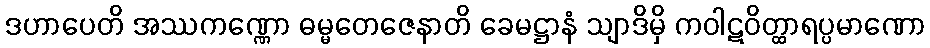
ဒဟာပေတိ အဿကဏ္ဏော ဓမ္မတေဇေနာတိ ခေမဋ္ဌာနံ သျာဒိမှိ ကဝါဋဝိတ္ထာရပ္ပမာဏော